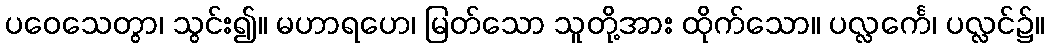
ပဝေသေတွာ၊ သွင်း၍။ မဟာရဟေ၊ မြတ်သော သူတို့အား ထိုက်သော။ ပလ္လင်္ကေ၊ ပလ္လင်၌။